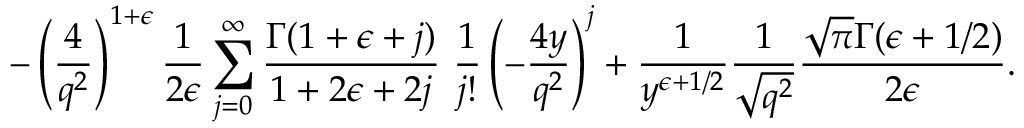
- \left( \frac { 4 } { q ^ { 2 } } \right) ^ { 1 + \epsilon } \frac { 1 } { 2 \epsilon } \sum _ { j = 0 } ^ { \infty } \frac { \Gamma ( 1 + \epsilon + j ) } { 1 + 2 \epsilon + 2 j } ~ \frac { 1 } { j ! } \left( - \frac { 4 y } { q ^ { 2 } } \right) ^ { j } + \frac { 1 } { y ^ { \epsilon + 1 / 2 } } \frac { 1 } { \sqrt { q ^ { 2 } } } \frac { \sqrt { \pi } \Gamma ( \epsilon + 1 / 2 ) } { 2 \epsilon } .